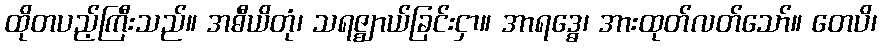
ထိုတပည့်ကြီးသည်။ အဓီယိတုံ၊ သရဇ္ဈာယ်ခြင်းငှာ။ အာရဒ္ဓေ၊ အားထုတ်လတ်သော်။ တေပိ၊